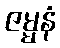
ဇမ္မနံ